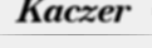
Kaczer